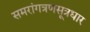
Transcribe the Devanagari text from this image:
समरांगत्रणसूत्रधार